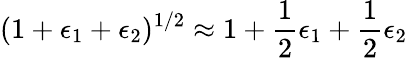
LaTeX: (1+\epsilon_{1}+\epsilon_{2})^{1/2}\approx 1+\frac{1}{2}\epsilon_{1}+\frac{1}{2}\epsilon_{2}